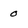
Character: 0